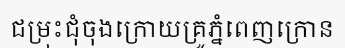
ជម្រុះជុំចុងក្រោយគ្រូភ្នំពេញក្រោន